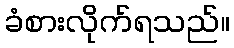
ခံစားလိုက်ရသည်။